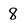
Character: 8